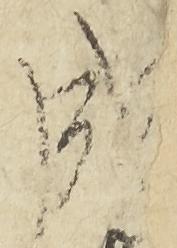
成